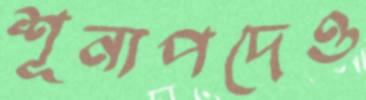
শূন্যপদেও